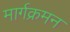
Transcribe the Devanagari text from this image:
मार्गक्रमन